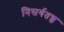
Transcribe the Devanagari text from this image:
निसर्गतज्ज्ञ